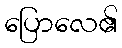
ပြောလေ၏